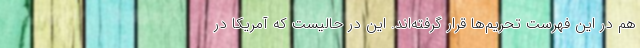
هم در این فهرست تحریم‌ها قرار گرفته‌اند. این در حالیست که آمریکا در